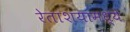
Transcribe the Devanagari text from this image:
रेताशयामध्ये